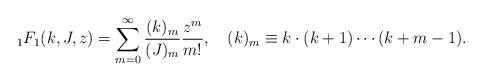
LaTeX: \begin{align*}{}_1F_1(k,J,z)=\sum_{m=0}^\infty\frac{(k)_m}{(J)_m}\frac{z^m}{m!},\quad(k)_m\equiv k\cdot(k+1)\cdots(k+m-1).\end{align*}